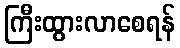
ကြီးထွားလာစေရန်